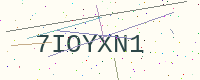
Text: 7IOYXN1